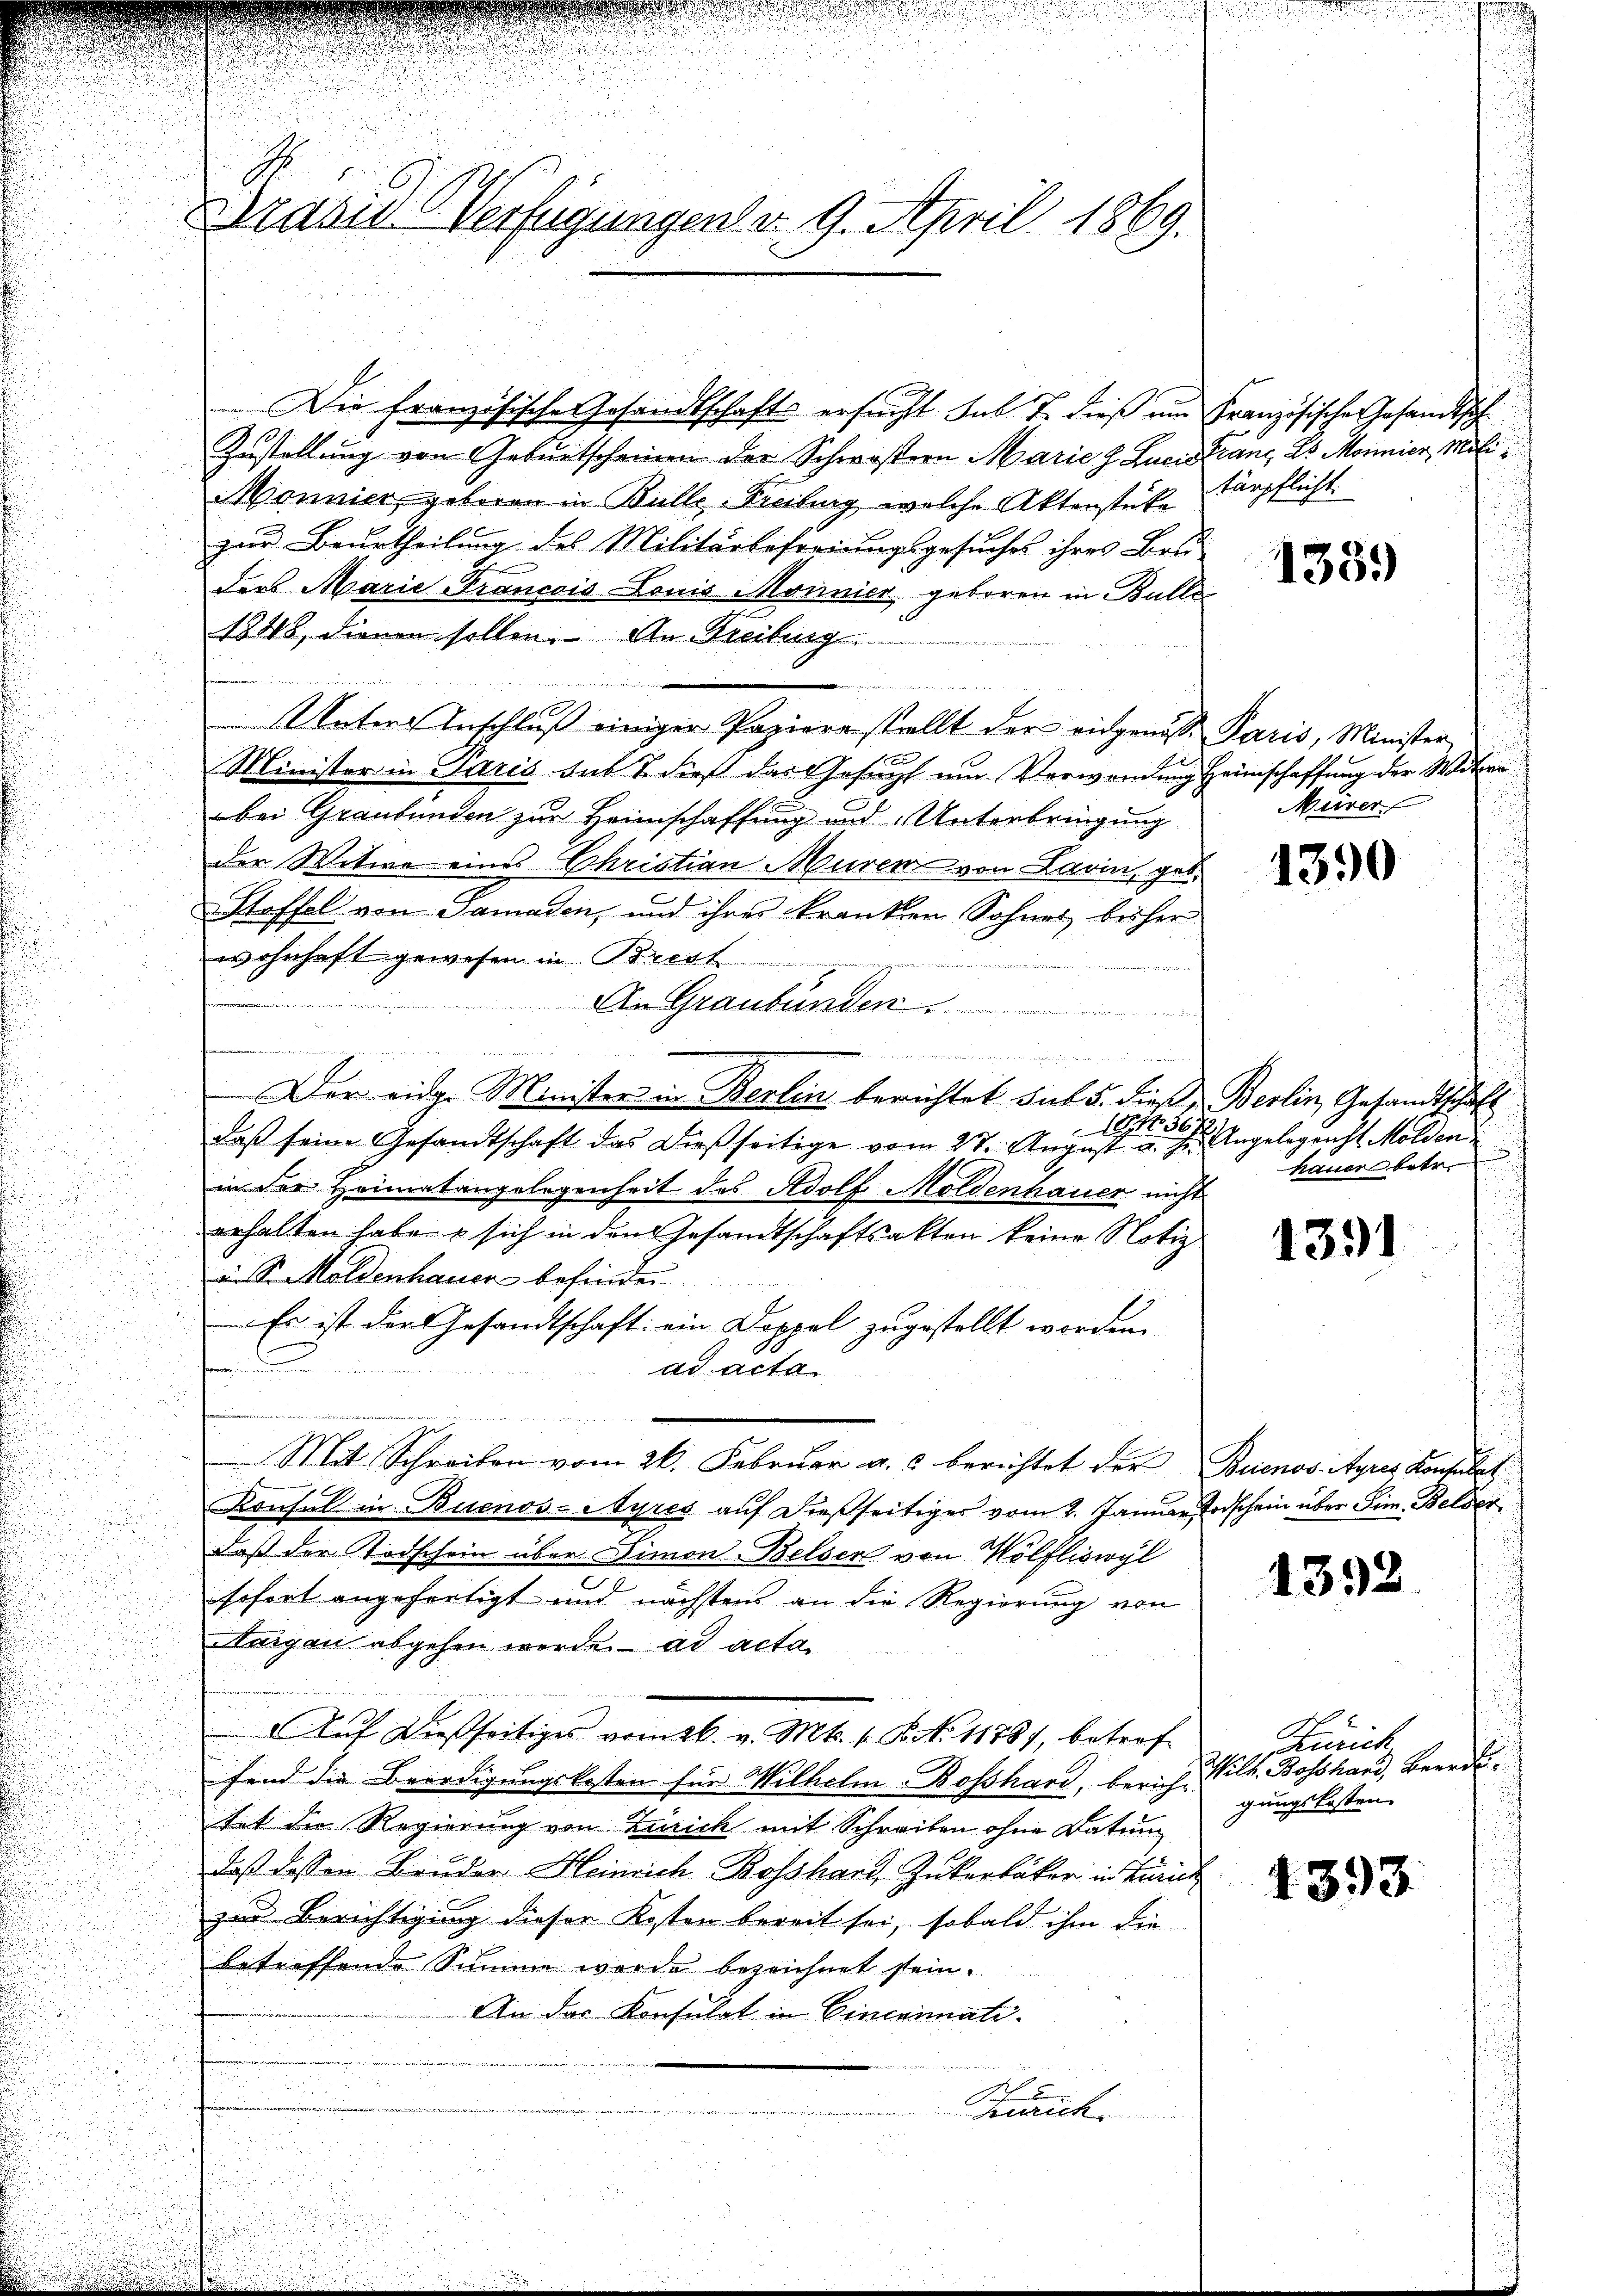
uasi Verfügungen d. 9. April 1869.

Zustellung von Geburtscheinen der Schwistern Marie h. Lucie
Monnier, geboren in Bulle Freiburg, welche Aktenstücke
zur Beurtheilung des Militärbefreiungsgesuches ihres Bei-
ders Marie-Francois Louis Monnier geboren in Bulle
1848, dienen sollen. An Freibung
konen dem
Unters Anschluß einiger Papiere stellt der eidgenöß¬
.
e
Minister in Paris sub 7 dieß das Gesucht um Verwendung
bei Graubünden zur Heimschaffung und Unterbringung
der Witwe eines Christian Muren von Lavin, geb.
Stoffel von Samaden, und ihres kranken Sohnes bisher
wohnhaft gewesen in Brett
.
An Graubünden
a
1 aus
em, wie mich
endung nun in werden Sommen
f 6
Der eidge Minister in Berlin berichtet sub 5. dieß, Berlin, Gesandtschaft
1 56.
daß seine Gesandtschaft das dießseitige vom 27. August a. h.
in der Heimatangelegenheit des Adolf Moldenhauer nicht
erhalten habe & sich in den Gesandtschaftsakten keine Notiz
i. Se Maldenhauer befinden.
Es ist der Gesandtschaft ein Doppel zugestellt worden.
2
ad acta
.
Mit Schreiben vom 26. Februar a. c. berichtet der
i
Konsul in Buenos-Ayres auf dießseitiges vom 2. Januar,
daß der Todschein über Dimon Belser von Wölfliswyl
sofort angefertigt und nächstens an die Regierung von
Anigen abgehen werde. ad acta
Auf dießseitiges vom 26. v. Mts. 1. B. No 11881, betroffend die Beerdigungskosten für Wilhelm-Bosshard, beruhe
tet die Regierung von Zürich mit Schreiben ohne Datum
daß dessen Bruder Heinrich Bosshart, Zukerbäcker in Zürich
zu Berichtigung dieser Kosten bereit sei, sobald ihm die
betreffende Summe werde bezeichnet sein.
An das Konsulat in Einenimati
x
Zürich

Die französische Gesandtschafts ersucht sub J. dieß um Französische Gesandtsch

Franz 26. Monnier Mili
tärpflicht.

1339

Paris, Minister,
Heimschaffung der Witwen
Mürer

1390

Angelegenst. Molden.
hauer betr.
4

1391

Beienos Ayres Konsulat
Todschein über Sim. Belder

1392.

Zürich
Vilt. Bosshand Berecht.
gungskosten.

1393